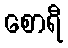
စောရီ